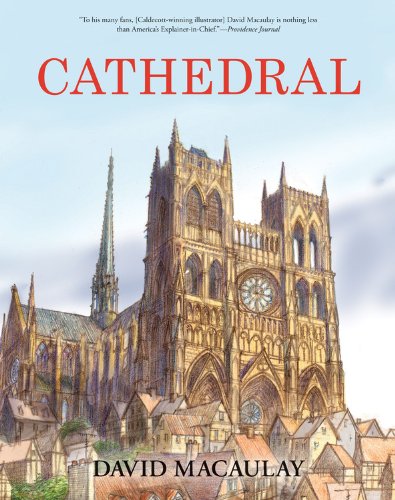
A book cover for Cathedral: The Story of Its Construction, Revised and in Full Color; David Macaulay; Children's Books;